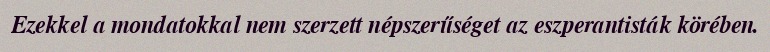
Ezekkel a mondatokkal nem szerzett népszerűséget az eszperantisták körében.